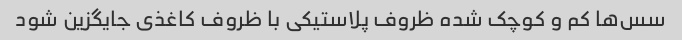
سس‌ها کم و کوچک شده ظروف پلاستیکی با ظروف کاغذی جایگزین شود